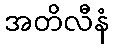
အတိလီနံ